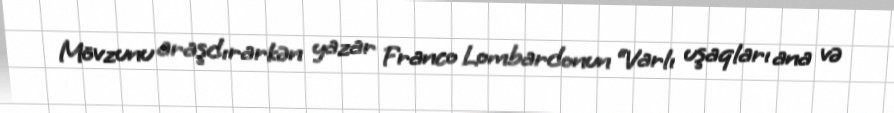
Mövzunu araşdırarkən yazar Franco Lombardonun “Varlı uşaqları ana və